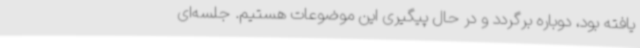
یافته بود، دوباره برگردد و در حال پیگیری این موضوعات هستیم. جلسه‌ای